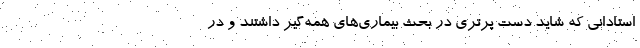
استادانی که شاید دست پُرتری در بحث بیماری‌های همه‌گیر داشتند و در